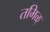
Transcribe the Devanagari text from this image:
तमिळ्